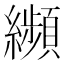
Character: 𦇖